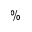
\%